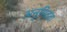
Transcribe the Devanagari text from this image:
अनुमितता